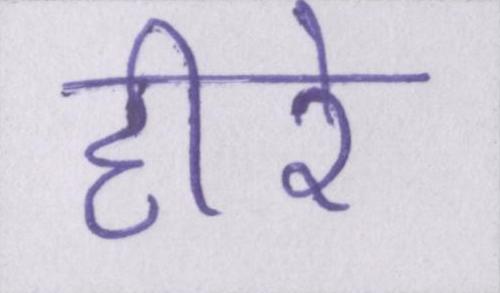
हीरे